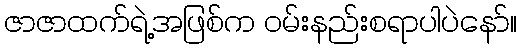
ဇာဇာထက်ရဲ့အဖြစ်က ဝမ်းနည်းစရာပါပဲနော်။